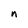
Character: n